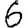
Digit: 6